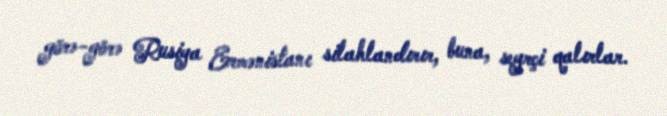
görə-görə Rusiya Ermənistanı silahlandırır, buna, seyrçi qalırlar.